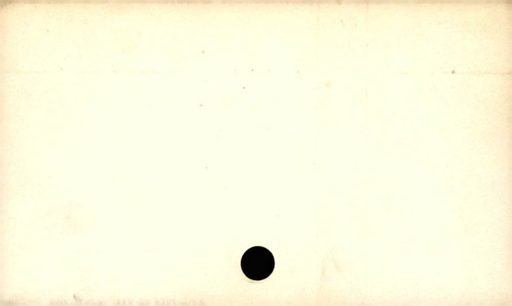
Label: blank